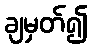
ချမှတ်၍